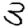
Digit: 3